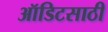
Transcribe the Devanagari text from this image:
ऑडिटसाठी